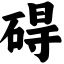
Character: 碍